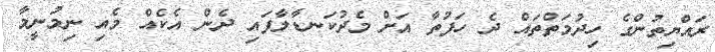
ރައްޔިތުންގެ ހިދުމަތްތައް ދެ ހަފުތާ އަށް މެދުކަނޑާލާފައި ދެން އެކެއް މެއި ނިމުނީމާ